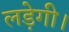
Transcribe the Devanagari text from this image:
लड़ेगी।